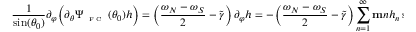
\frac { 1 } { \sin ( \theta _ { 0 } ) } \partial _ { \varphi } \Big ( \partial _ { \theta } \Psi _ { \textnormal { \tiny { F C } } } ( \theta _ { 0 } ) h \Big ) = \left( \frac { \omega _ { N } - \omega _ { S } } { 2 } - \widetilde { \gamma } \right) \partial _ { \varphi } h = - \left( \frac { \omega _ { N } - \omega _ { S } } { 2 } - \widetilde { \gamma } \right) \sum _ { n = 1 } ^ { \infty } \mathbf { m } n h _ { n } \sin ( \mathbf { m } n \varphi ) .